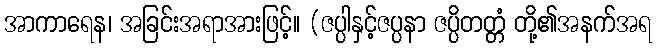
အာကာရေန၊ အခြင်းအရာအားဖြင့်။ (ဇပ္ပါနှင့်ဇပ္ပနာ ဇပ္ပိတတ္တံ တို့၏အနက်အရ